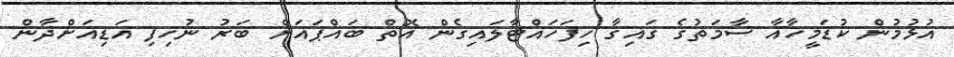
އުޅުމުން ކުޑަމީހާއާ ސާމަތުގެ ގައިގާ ހިފަހައްޓާލައިގެން އޮތް ބައްޕައަށް ބަރު ނުހިފި އަޑިއަށްދާން